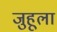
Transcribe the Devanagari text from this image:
जुहूला